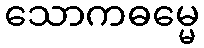
သောကဓမ္မေ